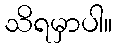
သိရမှာပါ။